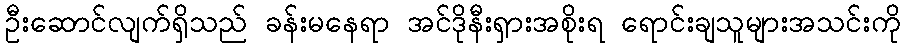
ဦးဆောင်လျက်ရှိသည် ခန်းမနေရာ အင်ဒိုနီးရှားအစိုးရ ရောင်းချသူများအသင်းကို